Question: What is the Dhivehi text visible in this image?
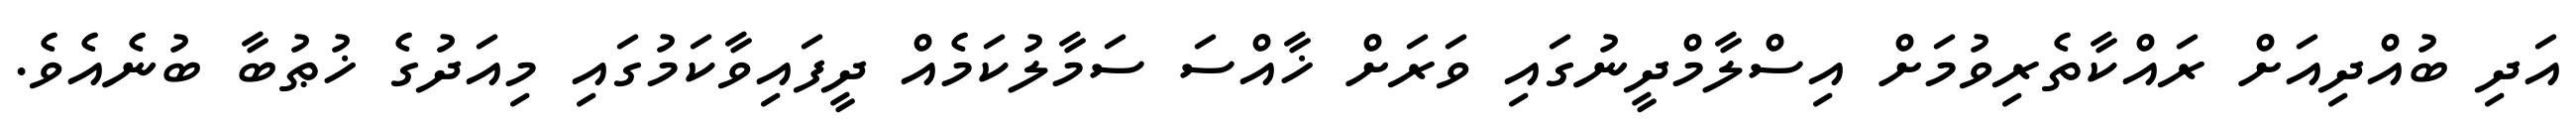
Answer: އަދި ބުއްދިއަށް ރައްކާތެރިވުމަށް އިސްލާމްދީނުގައި ވަރަށް ޚާއްސަ ސަމާލުކަމެއް ދީފައިވާކަމުގައި މިއަދުގެ ޚުޠުބާ ބުނެއެވެ.